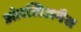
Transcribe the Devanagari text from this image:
ओरलिअनैस